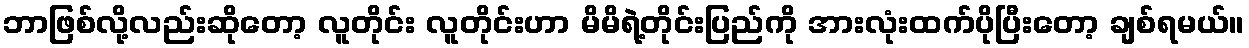
ဘာဖြစ်လို့လည်းဆိုတော့ လူတိုင်း လူတိုင်းဟာ မိမိရဲ့တိုင်းပြည်ကို အားလုံးထက်ပိုပြီးတော့ ချစ်ရမယ်။